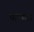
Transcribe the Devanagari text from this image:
पालटा